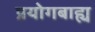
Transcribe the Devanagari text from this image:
प्रयोगबाह्य